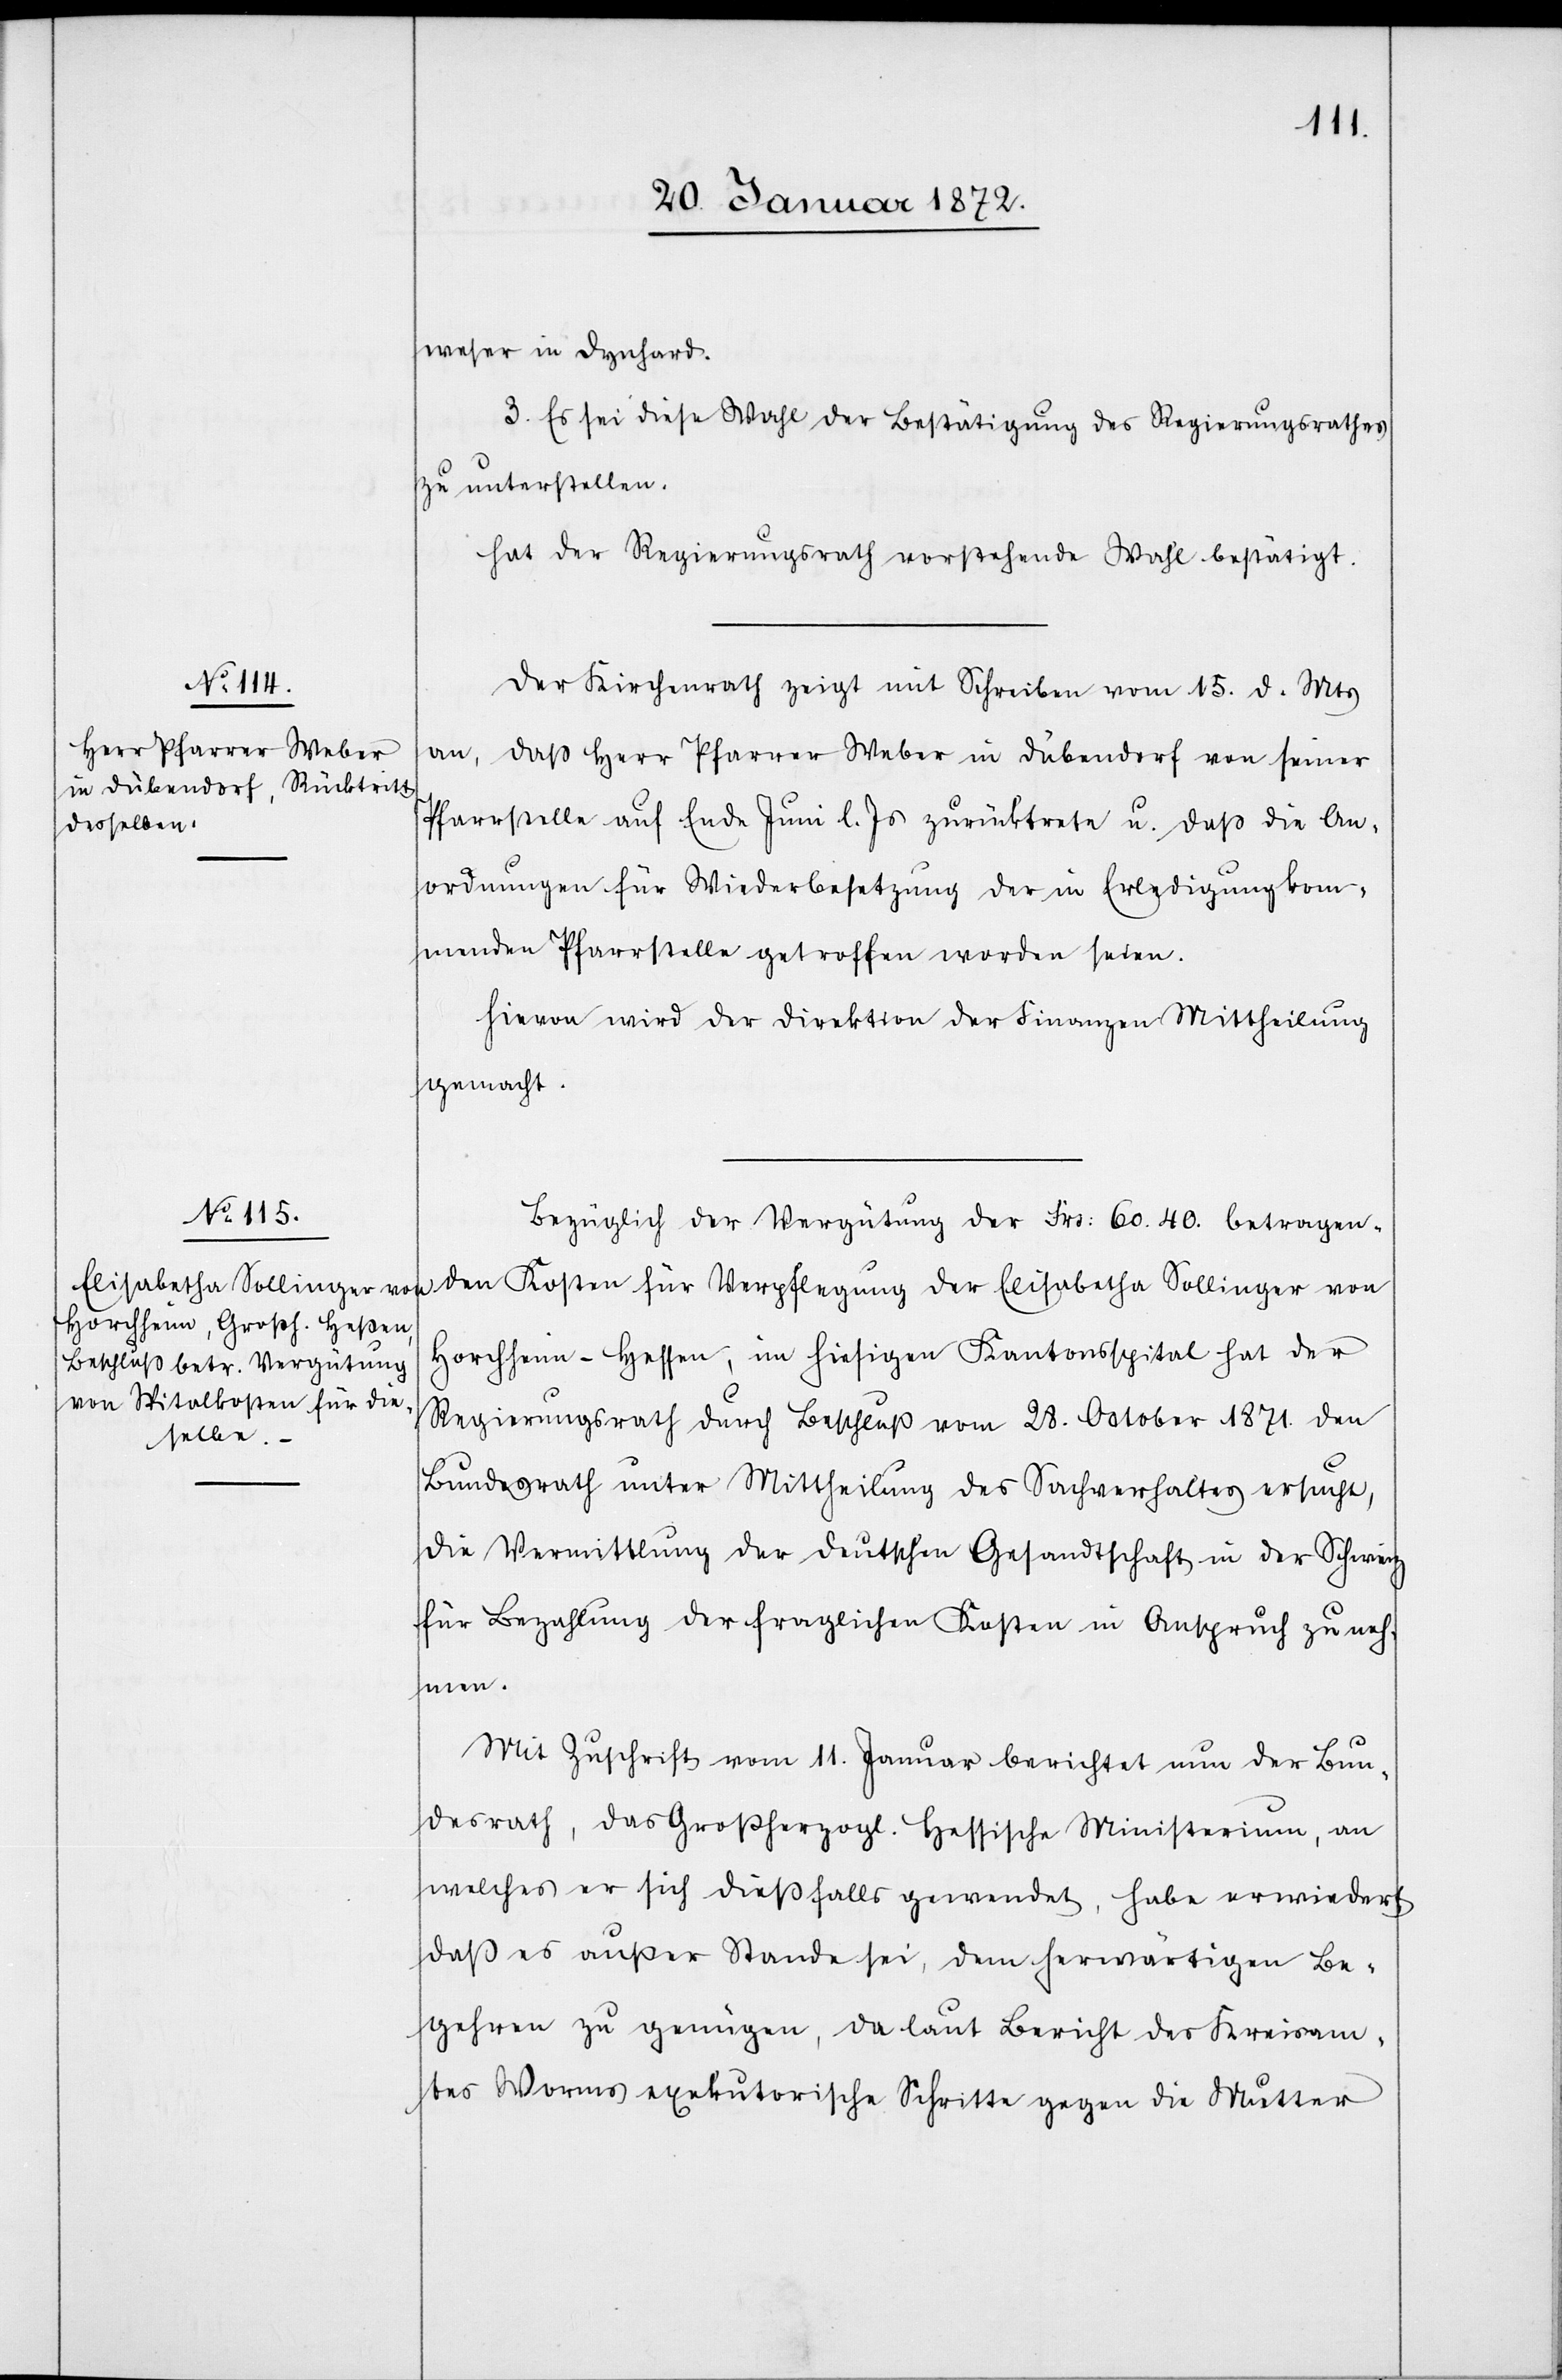
weser in Dynhard.
3. Es sei diese Wahl der Bestätigung des Regierungsrathes
zu unterstellen.
hat der Regierungsrath vorstehende Wahl bestätigt.
Der Kirchenrath zeigt mit Schreiben vom 15. d. Mts
an, daß Herr Pfarrer Weber in Dübendorf von seiner
Pfarrstelle auf Ende Juni l. Js. zurücktrete u. daß die An¬
ordnungen für Wiederbesetzung der in Erledigung kom¬
menden Pfarrstelle getroffen worden seien.
Hievon wird der Direktion der Finanzen Mittheilung
gemacht.
Bezüglich der Vergütung der Frs: 60.40. betragen¬
den Kosten für Verpflegung der Elisabetha Sollinger von
Horchheim-Hessen, im hiesigen Kantonsspital hat der
Regierungsrath durch Beschluß vom 28. October 1871. den
Bundesrath unter Mittheilung des Sachverhaltes ersucht,
die Vermittlung der deutschen Gesandtschaft in der Schweiz
für Bezahlung der fraglichen Kosten in Anspruch zu neh¬
men.
Mit Zuschrift vom 11. Januar berichtet nun der Bun¬
desrath, das Großherzogl. Hessische Ministerium, an
welches er sich dießfalls gewendet, habe erwiedert,
daß es außer Stande sei, dem herwärtigen Be¬
gehren zu genügen, da laut Bericht des Kreisam¬
tes Worms exekutorische Schritte gegen die Mutter